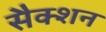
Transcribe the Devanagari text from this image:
सैक्‍शन